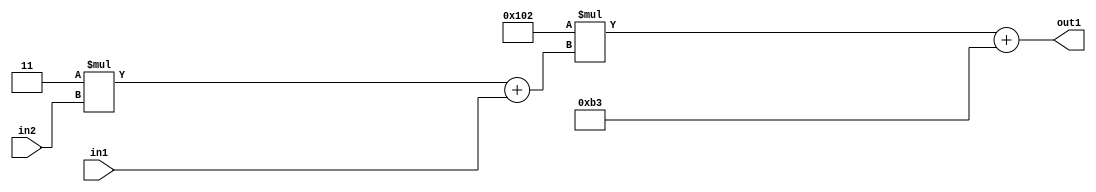
`timescale 1ps / 1ps
/*****************************************************************************
    Verilog RTL Description
    
    
    Created by: Stratus DpOpt 2019.1.01 
*******************************************************************************/

module DC_Filter_Add2i179Mul2i258Add2u1Mul2i3u2_4 (
	in2,
	in1,
	out1
	); /* architecture "behavioural" */ 
input [1:0] in2;
input  in1;
output [11:0] out1;
wire [11:0] asc001;
wire [3:0] asc002;

wire [3:0] asc002_tmp_0;
assign asc002_tmp_0 = 
	+(4'B0011 * in2);
assign asc002 = asc002_tmp_0
	+(in1);

wire [11:0] asc001_tmp_1;
assign asc001_tmp_1 = 
	+(12'B000100000010 * asc002);
assign asc001 = asc001_tmp_1
	+(12'B000010110011);

assign out1 = asc001;
endmodule

/* CADENCE  v7X3SA4= : u9/ySgnWtBlWxVPRXgAZ4Og= ** DO NOT EDIT THIS LINE ******/